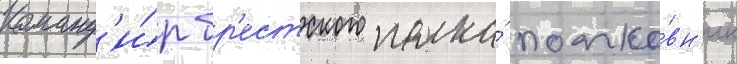
Команд'и́р бр'естского полка́ полко́вн'ик